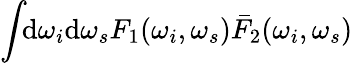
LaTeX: \int\! \! \mathrm{d}\omega_{i}\mathrm{d}\omega_{s}F_{1}(\omega_{i},\omega_{s})\bar{F}_{2}(\omega_{i},\omega_{s})